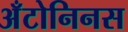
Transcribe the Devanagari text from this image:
अँटोनिनस